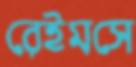
রেইমসে